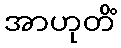
အာဟုတိံ